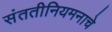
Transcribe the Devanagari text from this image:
संततीनियमनाचे